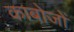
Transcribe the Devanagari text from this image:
काबोजों